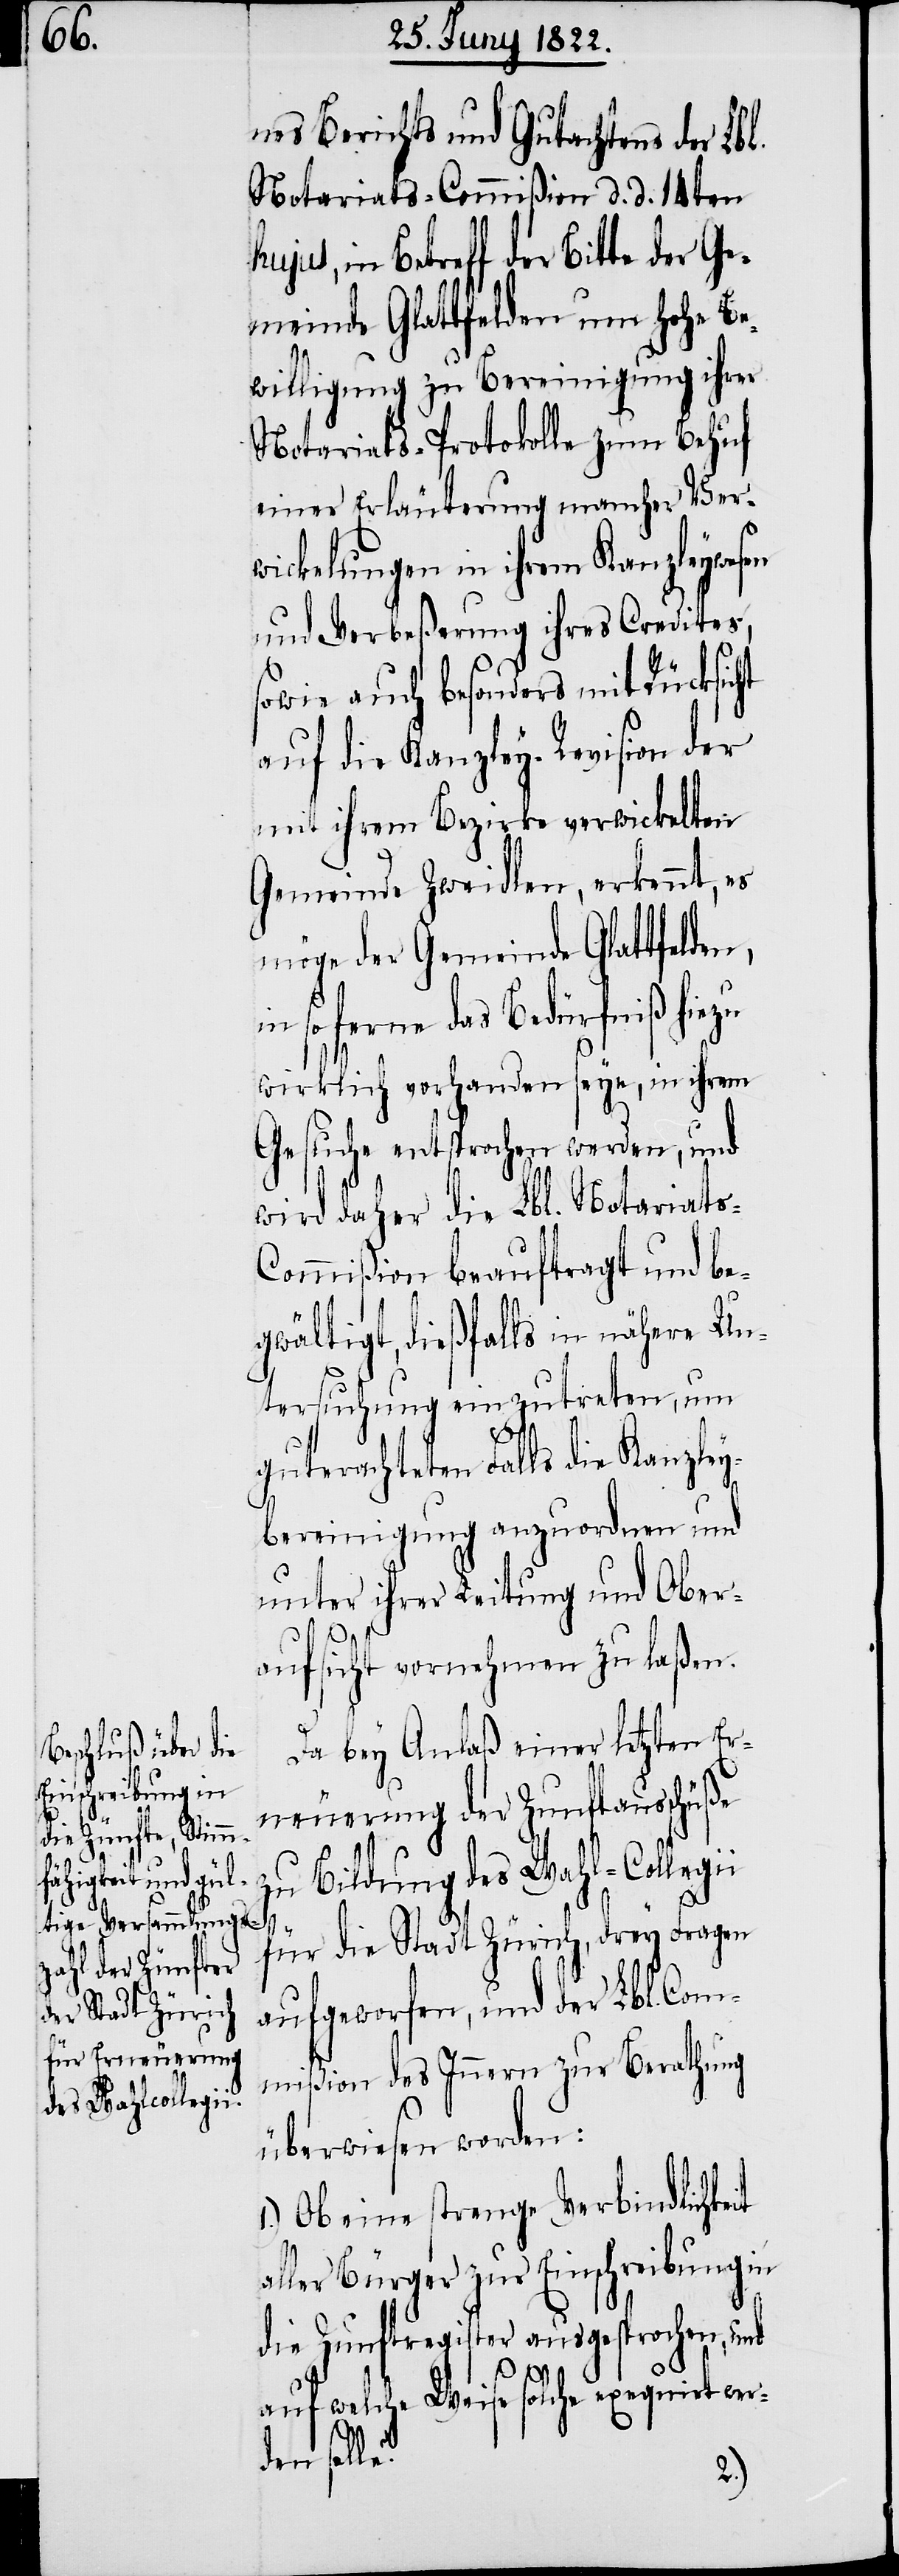
nes Berichts und Gutachtens der Lb¬
Notariats-Commißion d. d. 14ten
hujus, in Betreff der Bitte der
meinde Glattfelden um hohe Be¬
willigung zu Bereinigung ihrer
Notariats-Protokolle zum Behuf
einer Erläuterung mancher Ver¬
wickelungen in ihrem Kanzleywesen
und Verbeßerung ihres Credites,
sowie auch besonders mit Rücksicht
auf die Kanzley-Revision der
mit ihrem Bezirke verwickelten
Gemeinde Zweidlen, erkennt, es
möge der Gemeinde Glattfelde¬
n so ferne das Bedürfniß hiezu
wirklich vorhanden seye, in ihrem
Gesuche entsprochen werden, und
wird daher die Lbl. Notariats-C¬
ommißion beauftragt und be¬
gwältigt, dießfalls in nähere Un¬
tersuchung einzutreten, um
guterachteten Falls die Kanzley¬
bereinigung anzuordnen und
unter ihrer Leitung und Ober¬
aufsicht vornehmen zu laßen.
Da bey Anlaß einer letzten Er¬
neuerung der Zunftausschlüße
n, i¬
zu Bildung des Wahl-Collegi¬
für die Stadt Zürich, drey Fragen
aufgeworfen, und der Lbl. Com¬
mißion des Innern zur Berathung
überwiesen worden:
1.) Ob eine strenge Verbindlichkeit
aller Bürger zur Einschreibung in
die Zunftregister ausgesprochen, und
i
auf welche Weise solche exequirt wer¬
den solle?